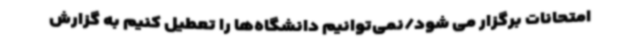
امتحانات برگزار می شود/نمی‌توانیم دانشگاه‌ها را تعطیل کنیم به گزارش